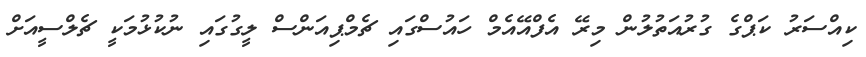
ކިއްސަރު ކަޕްގެ ގުރުއަތުލުން މިރޭ އެފްއޭއެމް ހައުސްގައި ޗެމްޕިއަންސް ލީގުގައި ނުކުޅުމަކީ ޗެލްސީއަށް